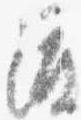
渡